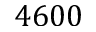
4 6 0 0